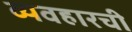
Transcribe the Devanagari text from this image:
व्यवहारची